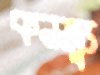
কনজ্যু